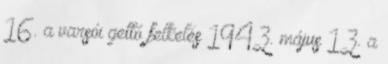
16. a varsói gettó felkelés 1943. május 13. a